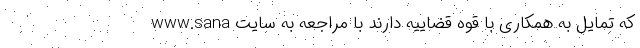
که تمایل به همکاری با قوه قضاییه دارند با مراجعه به سایت www.sana